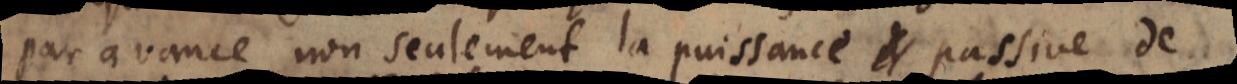
par avance non seulement la puissance passive de